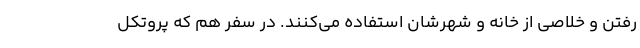
رفتن و خلاصی از خانه و شهرشان استفاده می‌کنند. در سفر هم که پروتکل